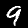
Digit: 9